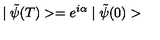
\mid \tilde { \psi } ( T ) > = e ^ { i \alpha } \mid \tilde { \psi } ( 0 ) >